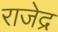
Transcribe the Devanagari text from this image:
राजेद्र